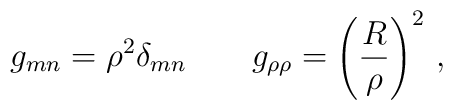
g_{mn}   = \rho^2 \delta_{mn}  \qquad  g_{\rho \rho} =\left( { R\over\rho}\right)^2 \,,